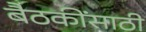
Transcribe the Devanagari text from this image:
बैठकींसाठी